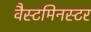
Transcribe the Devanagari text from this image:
वैस्टमिनस्टर